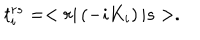
LaTeX: t _ { i } ^ { r s } = < r | \left( - i K _ { i } \right) | s > .